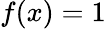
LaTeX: f(x)=1